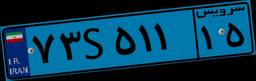
۷۳S۵۱۱۱۵